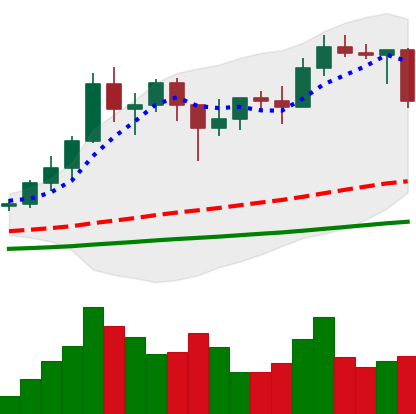
Ticker: ADA-USD
Chart end date: 2021-01-21
Forward return: 10.968%
Label: up_7plus